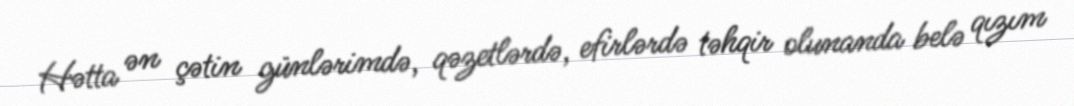
Hətta ən çətin günlərimdə, qəzetlərdə, efirlərdə təhqir olunanda belə qızım